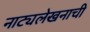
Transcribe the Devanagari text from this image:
नाट्यलेखनाची